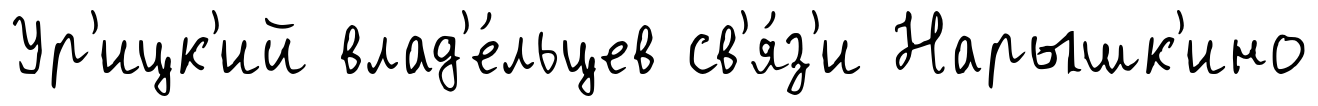
Ур'ицк'ий влад'е́льцев св'я́з'и Нарышк'ино